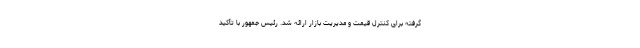
گرفته برای کنترل قیمت و مدیریت بازار ارائه شد. رئیس جمهور با تأکید